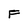
Character: F